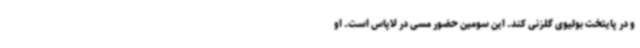
و در پایتخت بولیوی گلزنی کند. این سومین حضور مسی در لاپاس است. او